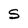
Character: S